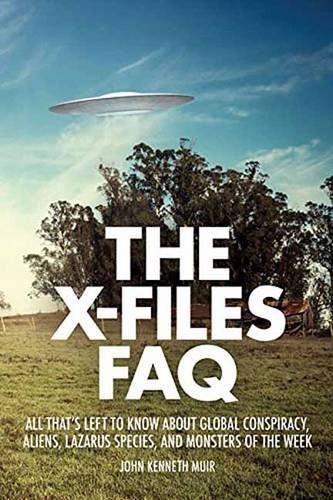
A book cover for The X-Files FAQ: All That's Left to Know About Global Conspiracy, Aliens, Lazarus Species, and Monsters of the Week (FAQ Series); John Kenneth Muir; Humor & Entertainment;